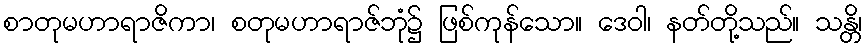
စာတုမဟာရာဇိကာ၊ စတုမဟာရာဇ်ဘုံ၌ ဖြစ်ကုန်သော။ ဒေဝါ၊ နတ်တို့သည်။ သန္တိ၊